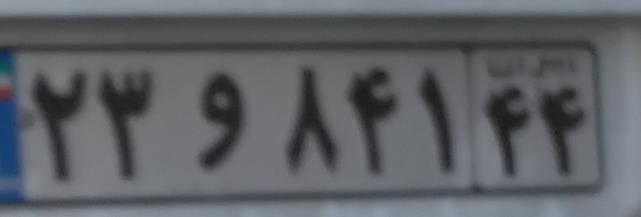
۲۳و۸۴۱۴۴